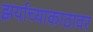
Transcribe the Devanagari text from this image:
झर्याच्याकाठावर